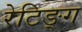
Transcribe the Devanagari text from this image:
रेटिङ्ग